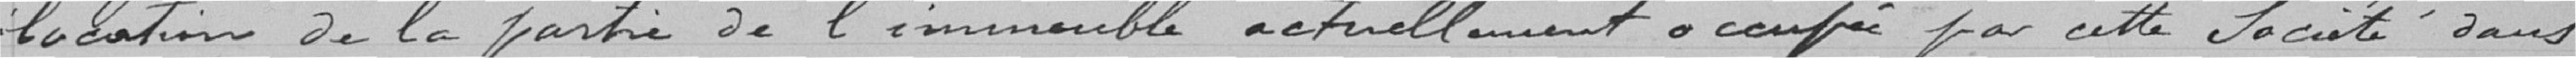
1914 - P-Le Préfet, Le Secrétaire find solqui locations de la partie de l'immeuble actuellement o compé par cette Société dans